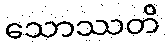
သောဿတိ